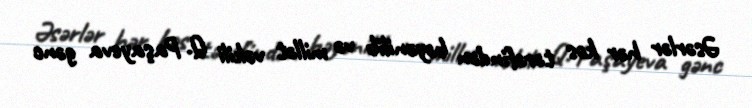
Əsərlər hər kəs tərəfindən bəyənilib və millət vəkili Q. Paşayeva gənc